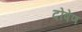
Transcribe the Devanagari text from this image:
दोषेण